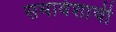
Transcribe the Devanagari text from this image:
समावेशाची